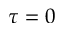
\tau = 0